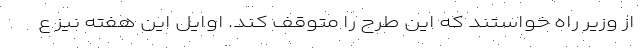
از وزیر راه خواستند که این طرح را متوقف کند. اوایل این هفته نیز ع